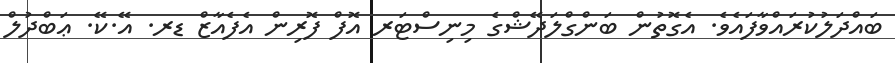
ބައްދަލުކުރައްވާފައެވެ. އެގޮތުން ބަންގްލަދޭޝްގެ މިނިސްޓަރ އޮފް ފޮރިން އެފެއާޒް ޑރ. އޭ.ކޭ. ޢަބްދުލް